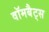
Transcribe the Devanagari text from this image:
वॉमबैट्स